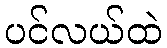
ပင်လယ်ထဲ